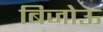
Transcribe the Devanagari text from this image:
बिजोऊ